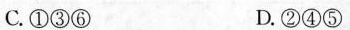
C. ①③⑥ D. ②④⑤